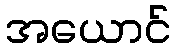
အယောင်